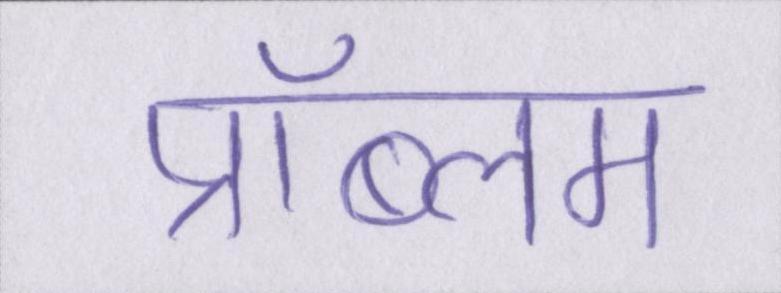
प्रॉब्लम